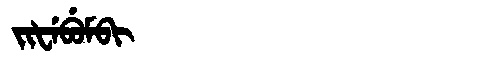
Manchu: ᠵᡳᡶᡝᠪᡠᠮᠪᡳ
Romanization: JIFEBUMBI